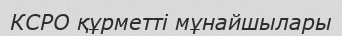
КСРО құрметті мұнайшылары